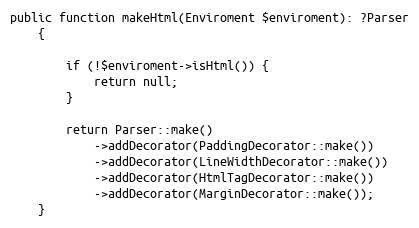
Language: PHP
public function makeHtml(Enviroment $enviroment): ?Parser
    {

        if (!$enviroment->isHtml()) {
            return null;
        }

        return Parser::make()
            ->addDecorator(PaddingDecorator::make())
            ->addDecorator(LineWidthDecorator::make())
            ->addDecorator(HtmlTagDecorator::make())
            ->addDecorator(MarginDecorator::make());
    }